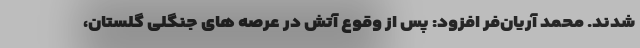
شدند. محمد آریان‌فر افزود: پس از وقوع آتش در عرصه های جنگلی گلستان،